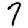
Digit: 7